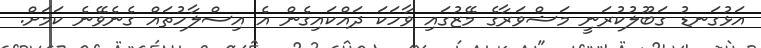
އަޅުގަނޑު ގަބޫލުކުރަނީ މަޝްވަރާގެ މޭޒުގައި ވާހަކަ ދައްކައިގެން އެ އިސްލާހުތައް ގެނެވޭނެ ކަމަށް.